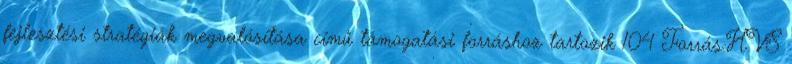
fejlesztési stratégiák megvalósítása című támogatási forráshoz tartozik 104 Forrás:HVS